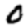
Digit: 0